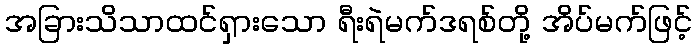
အခြားသိသာထင်ရှားသော ရီးရဲမက်ဒရစ်တို့ အိပ်မက်ဖြင့်